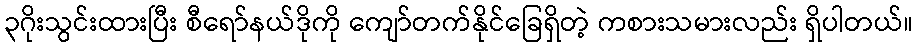
၃ဂိုးသွင်းထားပြီး စီရော်နယ်ဒိုကို ကျော်တက်နိုင်ခြေရှိတဲ့ ကစားသမားလည်း ရှိပါတယ်။